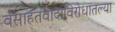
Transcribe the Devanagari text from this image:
वसाहतवादाविरोधातल्या